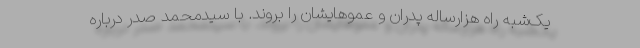
یک‌شبه راه هزار‌ساله پدران و عموهایشان را بروند. با سیدمحمد صدر درباره